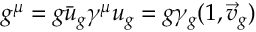
g ^ { \mu } = g \bar { u } _ { g } \gamma ^ { \mu } u _ { g } = g \gamma _ { g } ( 1 , \vec { v } _ { g } )